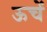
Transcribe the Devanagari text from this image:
ऊचें